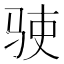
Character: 𬳺